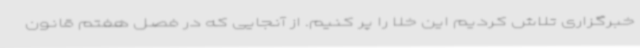
خبرگزاری تلاش کردیم این خلا را پر کنیم. از آنجایی که در فصل هفتم قانون